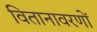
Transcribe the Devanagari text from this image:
वितानावरणों